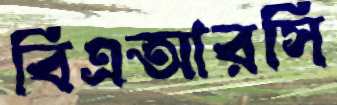
বিএআরসি